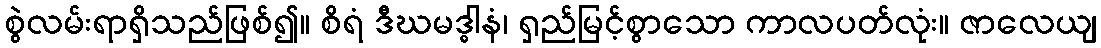
စွဲလမ်းရာရှိသည်ဖြစ်၍။ စိရံ ဒီဃမဒ္ဓါနံ၊ ရှည်မြင့်စွာသော ကာလပတ်လုံး။ ဇာလေယျ